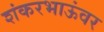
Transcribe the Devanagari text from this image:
शंकरभाऊंवर